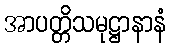
အာပတ္တိသမုဋ္ဌာနာနံ